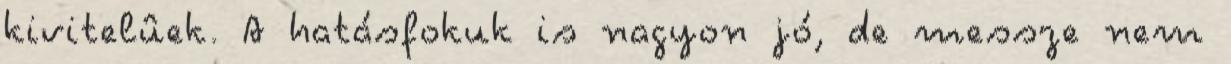
kivitelûek. A hatásfokuk is nagyon jó, de messze nem